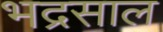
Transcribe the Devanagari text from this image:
भद्रसाल